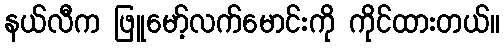
နယ်လီက ဖြူမော့်လက်မောင်းကို ကိုင်ထားတယ်။